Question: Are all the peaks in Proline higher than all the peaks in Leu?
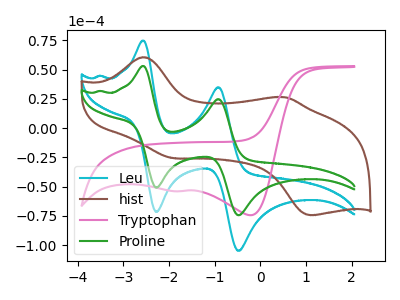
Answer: <think>The cyan curve "Leu" has anodic peaks at (-2.55V, 74.70uA) (-0.95V, 34.90uA) and cathodic peaks at (-2.25V, -71.60uA) (-0.50V, -104.80uA). The brown curve "hist" has anodic peaks at (-2.60V, 60.65uA) (0.55V, 26.45uA) and cathodic peaks at (-1.90V, -25.65uA) (1.10V, -74.40uA). The pink curve "Tryptophan" has cathodic peaks at (-0.20V, -74.40uA) (-1.75V, -53.90uA). The green curve "Proline" has anodic peaks at (-2.55V, 53.05uA) (-0.95V, 24.80uA) and cathodic peaks at (-2.25V, -50.85uA) (-0.50V, -74.40uA).</think>
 <answer>Every peak in "Proline" is lower than every peak in "Leu".</answer>
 <eval>lower</eval>